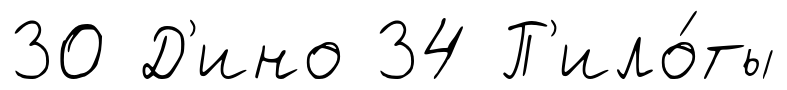
30 Д'ино 34 П'ило́ты